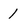
Character: 1